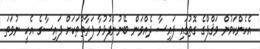
އެހެންކަމުން ވަޤްފްގެ ގޮތުގައި ފައިސާ ދެއްވަން ބޭނުންފުޅުވާ ފަރާތްތަކަށް ފައިސާގެ އެހީ ނުވަތަ